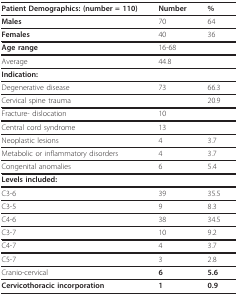
<table><thead><tr><td><b>Patient Demographics: (number = 110) </b></td><td><b>Number</b></td><td><b>%</b></td></tr></thead><tbody><tr><td><b>Males</b></td><td>70</td><td>64</td></tr><tr><td><b>Females</b></td><td>40</td><td>36</td></tr><tr><td><b>Age range</b></td><td>16-68</td><td>[EMPTY_CELL]</td></tr><tr><td>Average</td><td>44.8</td><td>[EMPTY_CELL]</td></tr><tr><td><b>Indication:</b></td><td>[EMPTY_CELL]</td><td>[EMPTY_CELL]</td></tr><tr><td>Degenerative disease</td><td>73</td><td>66.3</td></tr><tr><td>Cervical spine trauma</td><td>[EMPTY_CELL]</td><td>20.9</td></tr><tr><td>Fracture- dislocation</td><td>10</td><td>[EMPTY_CELL]</td></tr><tr><td>Central cord syndrome</td><td>13</td><td>[EMPTY_CELL]</td></tr><tr><td>Neoplastic lesions</td><td>4</td><td>3.7</td></tr><tr><td>Metabolic or inflammatory disorders</td><td>4</td><td>3.7</td></tr><tr><td>Congenital anomalies</td><td>6</td><td>5.4</td></tr><tr><td><b>Levels included:</b></td><td>[EMPTY_CELL]</td><td>[EMPTY_CELL]</td></tr><tr><td>C3-6</td><td>39</td><td>35.5</td></tr><tr><td>C3-5</td><td>9</td><td>8.3</td></tr><tr><td>C4-6</td><td>38</td><td>34.5</td></tr><tr><td>C3-7</td><td>10</td><td>9.2</td></tr><tr><td>C4-7</td><td>4</td><td>3.7</td></tr><tr><td>C5-7</td><td>3</td><td>2.8</td></tr><tr><td>Cranio-cervical</td><td><b>6</b></td><td><b>5.6</b></td></tr><tr><td><b>Cervicothoracic incorporation</b></td><td><b>1</b></td><td><b>0.9</b></td></tr></tbody></table>